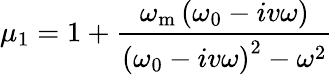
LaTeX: \mu_{1}=1+\frac{\omega_{\mathrm{m}}\left(\omega_{\mathrm{0}}-iv\omega\right)}{\left(\omega_{\mathrm{0}}-iv\omega\right)^{2}-\omega^{2}}